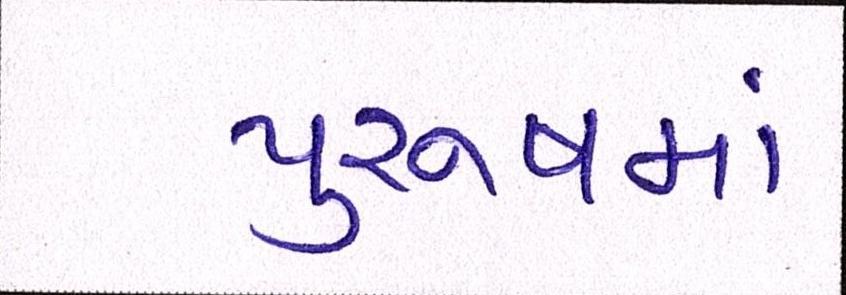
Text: પુરુષમાં